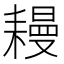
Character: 𦔔